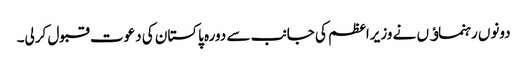
دونوں رہنماﺅں نے وزیراعظم کی جانب سے دورہ پاکستان کی دعوت قبول کرلی۔